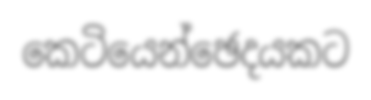
කෙටියෙන්ඡෙදයකට